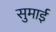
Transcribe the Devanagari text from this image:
सुमाई